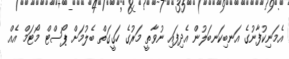
އެމަނިކުފާނުގެ އަނބިކަނބަލުން އެދިފައި ނުވާތީ މަރުގެ ހަގީގަތް ބެލުމަށް ޕޯސްޓް މޯޓަމް އެއް